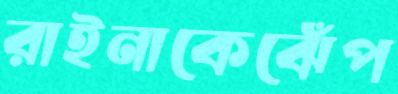
রাইনাকেঝেঁপ